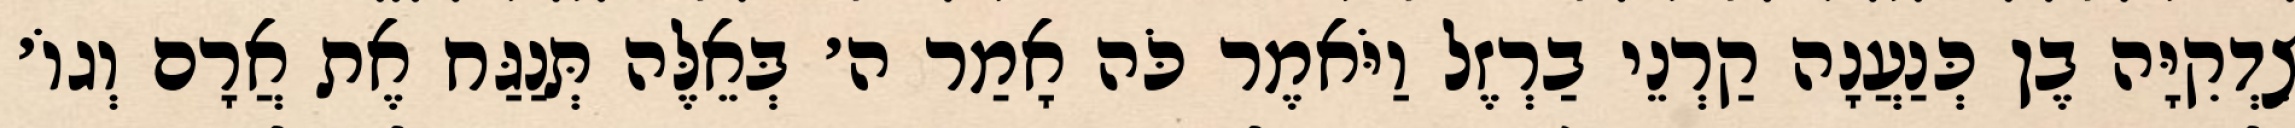
צִדְקִיָּה בֶן כְּנַעֲנָה קַרְנֵי בַרְזֶל וַיֹּאמֶר כֹּה אָמַר ה׳ בְּאֵלֶּה תְּנַגַּח אֶת אֲרָם וְגוֹ׳